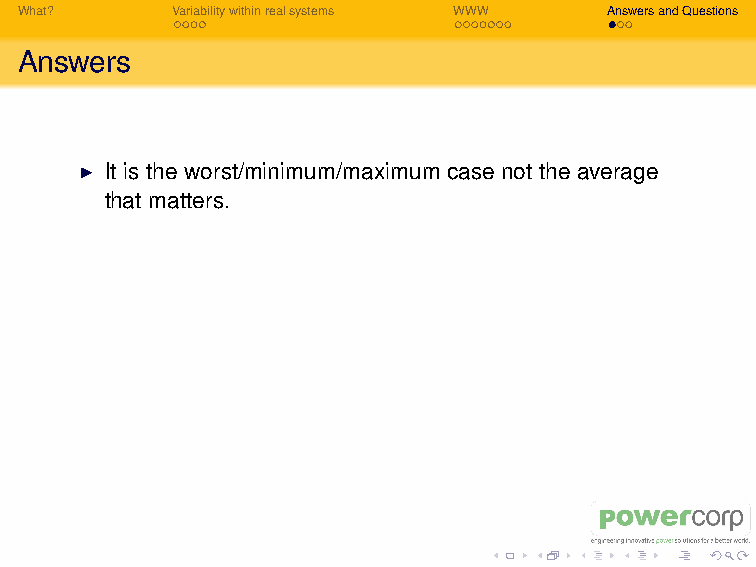
I Variability decreases as N increases but the decrease is
 not as fast as I expected.
 I Objections: but the real world is not the WWW! Well yes,
 but it sometimes looks mighty like it to me. The best way to
 understand a process is its limiting cases.
 I WARNING: variability is a problem that has been solved in
 Western Australia. For example Coral Bay runs at >91%
 Renewable Penetration using Induction Wind Turbine
 Generators.
 What?     Variabilitywithinrealsystems WWW AnswersandQuestions
 Answers
 I It is the worst/minimum/maximum case not the average
 that matters.